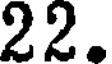
22.